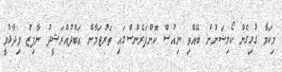
މިކަމާ ގުޅިގެން ކޯލިޝަނުން ބޭއްވި ނިއުސް ކޮންފަރެންސްގައި ތަރުޖަމާން އަބްދުއްރަޝީދު ނާފިޒް ވިދާޅުވީ